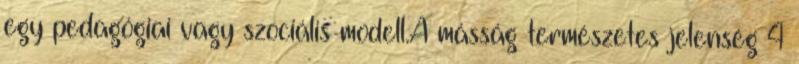
egy pedagógiai vagy szociális modell.A másság természetes jelenség 4